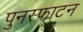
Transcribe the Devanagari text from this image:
पुनस्फाटन